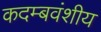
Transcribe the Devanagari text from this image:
कदम्बवंशीय